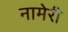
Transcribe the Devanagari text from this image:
नामेरी